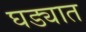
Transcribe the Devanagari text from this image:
घड्यात